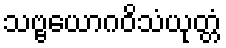
သဗ္ဗယောဂဝိသံယုတ္တံ